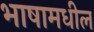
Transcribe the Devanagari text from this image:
भाषामधील